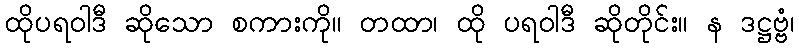
ထိုပရဝါဒီ ဆိုသော စကားကို။ တထာ၊ ထို ပရဝါဒီ ဆိုတိုင်း။ န ဒဋ္ဌဗ္ဗံ၊